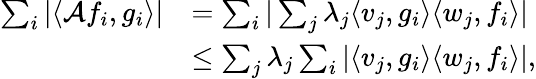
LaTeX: \begin{array}{rl}{\sum_{i}|\langle{\cal A}f_{i},g_{i}\rangle|}&{=\sum_{i}|\sum_{j}\lambda_{j}\langle v_{j},g_{i}\rangle\langle w_{j},f_{i}\rangle|}\\ &{\le\sum_{j}\lambda_{j}\sum_{i}|\langle v_{j},g_{i}\rangle\langle w_{j},f_{i}\rangle|,}\end{array}